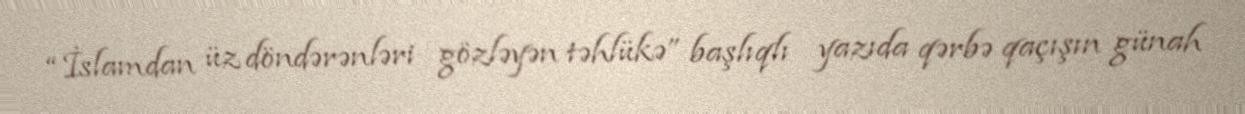
“İslamdan üz döndərənləri gözləyən təhlükə” başlıqlı yazıda qərbə qaçışın günah